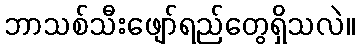
ဘာသစ်သီးဖျော်ရည်တွေရှိသလဲ။